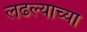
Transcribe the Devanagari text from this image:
लढल्याच्या